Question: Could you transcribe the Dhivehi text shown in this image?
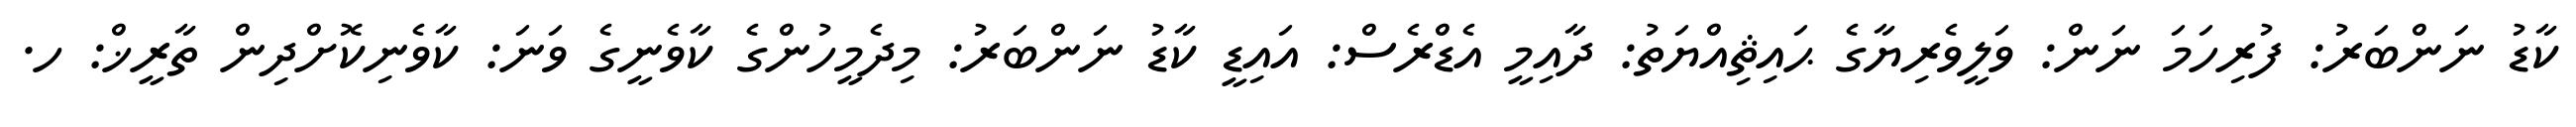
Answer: ކާޑު ނަންބަރު: ފުރިހަމަ ނަން: ވަލީވެރިޔާގެ ޙައިޘިއްޔަތު: ދާއިމީ އެޑްރެސް: އައިޑީ ކާޑު ނަންބަރު: މިދެމީހުންގެ ކާވެނީގެ ވަނަ: ކާވެނިކޮށްދިން ތާރީޚް: ހ.